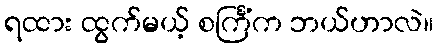
ရထား ထွက်မယ့် စင်္ကြံက ဘယ်ဟာလဲ။